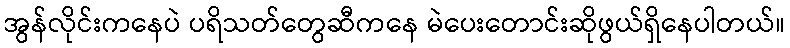
အွန်လိုင်းကနေပဲ ပရိသတ်တွေဆီကနေ မဲပေးတောင်းဆိုဖွယ်ရှိနေပါတယ်။